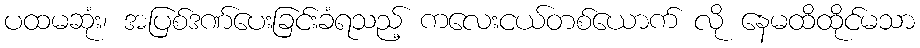
ပထမဆုံး၊ အပြစ်ဒဏ်ပေးခြင်းခံရသည့် ကလေးငယ်တစ်ယောက် လို နေမထိထိုင်မသာ